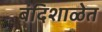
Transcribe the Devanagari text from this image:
बंदिशाळेत